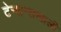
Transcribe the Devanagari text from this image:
टेन्शन्सखाली